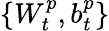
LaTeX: \{ W_{t}^{p},b_{t}^{p}\}